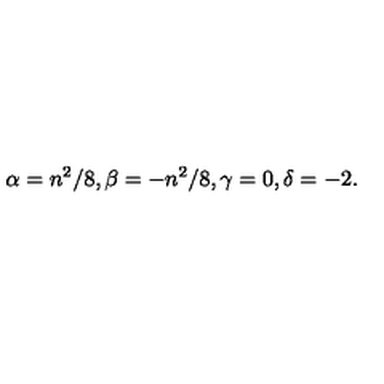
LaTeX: \alpha = { n ^ { 2 } } / { 8 } , \beta = - { n ^ { 2 } } / { 8 } , \gamma = 0 , \delta = - 2 .